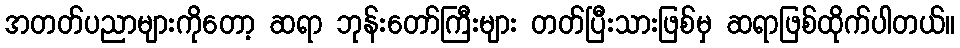
အတတ်ပညာများကိုတော့ ဆရာ ဘုန်းတော်ကြီးများ တတ်ပြီးသားဖြစ်မှ ဆရာဖြစ်ထိုက်ပါတယ်။